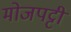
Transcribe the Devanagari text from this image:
मोजपट्टी